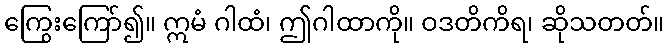
ကြွေးကြော်၍။ ဣမံ ဂါထံ၊ ဤဂါထာကို။ ဝဒတိကိရ၊ ဆိုသတတ်။